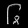
Digit: ၆